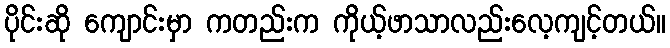
ပိုင်းဆို ကျောင်းမှာ ကတည်းက ကိုယ့်ဖာသာလည်းလေ့ကျင့်တယ်။